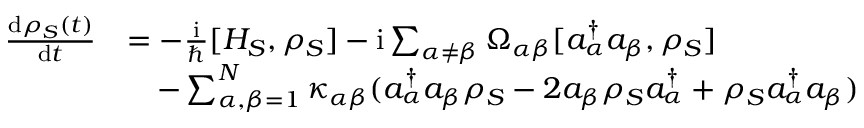
\begin{array} { r l } { \frac { \mathrm { d } \rho _ { S } ( t ) } { \mathrm { d } t } } & { = - \frac { \mathrm { i } } { \hbar } [ H _ { S } , \rho _ { S } ] - \mathrm { i } \sum _ { \alpha \neq \beta } \Omega _ { \alpha \beta } [ a _ { \alpha } ^ { \dagger } a _ { \beta } , \rho _ { S } ] } \\ & { \quad - \sum _ { \alpha , \beta = 1 } ^ { N } \kappa _ { \alpha \beta } ( a _ { \alpha } ^ { \dagger } a _ { \beta } \rho _ { S } - 2 a _ { \beta } \rho _ { S } a _ { \alpha } ^ { \dagger } + \rho _ { S } a _ { \alpha } ^ { \dagger } a _ { \beta } ) } \end{array}